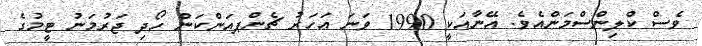
ވެސް ކްލިންސްމަންއެވެ. އޭނާއަކީ 1990 ވަނަ އަހަރު ޗެންޕއަންކަން ހޯދި ޖަރުމަނު ޓީމުގެ